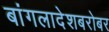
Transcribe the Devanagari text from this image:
बांगलादेशबरोबर